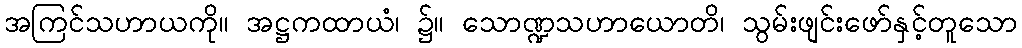
အကြင်သဟာယကို။ အဋ္ဌကထာယံ၊ ၌။ သောဏ္ဍသဟာယောတိ၊ သွမ်းဖျင်းဖော်နှင့်တူသော